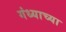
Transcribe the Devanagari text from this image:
गंध्याच्या